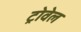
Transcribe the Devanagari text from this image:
ट्रोवेल